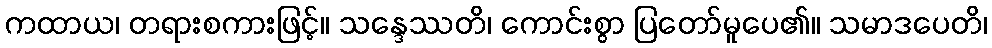
ကထာယ၊ တရားစကားဖြင့်။ သန္ဒေဿတိ၊ ကောင်းစွာ ပြတော်မူပေ၏။ သမာဒပေတိ၊